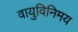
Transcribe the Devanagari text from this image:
वायुविनिमय